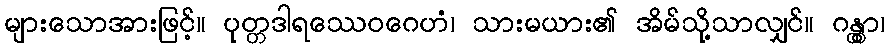
များသောအားဖြင့်။ ပုတ္တဒါရဿေဝဂေဟံ၊ သားမယား၏ အိမ်သို့သာလျှင်။ ဂန္တွာ၊